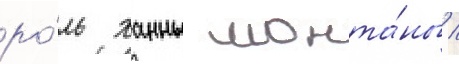
ро́ль ханны монта́ны /